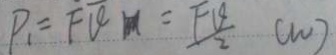
P _ { 1 } = F V = \frac { F V } { 2 } ( m )